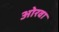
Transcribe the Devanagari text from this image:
ओरवा